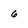
Character: 6